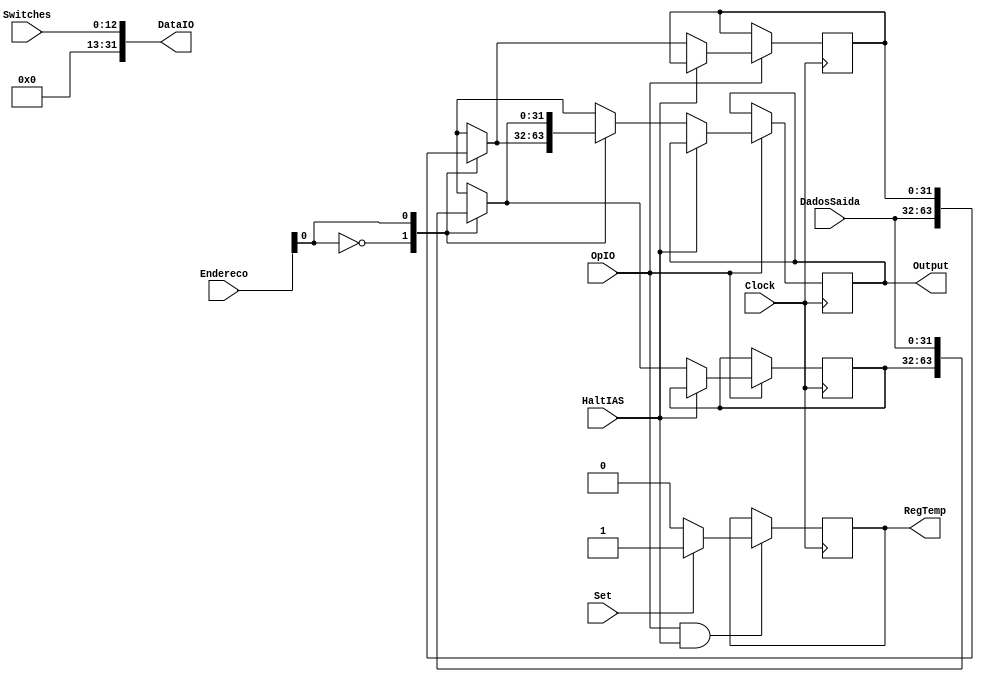
module ModuloIO(Clock,Switches,Set,HaltIAS,OpIO,Endereco,DadosSaida,Output,RegTemp,DataIO);
	input OpIO,HaltIAS,Set,Clock;
	input [31:0] Endereco,DadosSaida;
	input [12:0] Switches;
	output wire [31:0] DataIO;
	output reg [31:0] Output;
	output reg RegTemp;
	reg [31:0] Data[1:0];
	
	assign DataIO = {{19{1'B0}},Switches};
	
	always@(posedge Clock)
	begin
	
		if(OpIO == 1'B1)
		begin
		
			if(~HaltIAS)
			begin
				Data[Endereco] = DadosSaida;
				Output = Data[Endereco];
			end		
		
		end
		
	end
	
	always@(negedge Clock)
	begin
	
		if( OpIO && HaltIAS ) // Eh IO e quero Halt
		begin
			
			if(~RegTemp)
			begin
				RegTemp = 1'B1;
			end
			
			if(~Set)
			begin
				RegTemp = 1'B0;
			end
		
		end
		
	end
	
	
endmodule